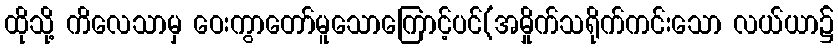
ထိုသို့ ကိလေသာမှ ဝေးကွာတော်မူသောကြောင့်ပင်(အမှိုက်သရိုက်ကင်းသော လယ်ယာ၌